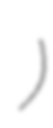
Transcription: بخش کلاترزان)